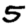
Digit: 5